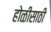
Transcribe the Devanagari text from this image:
होळीसाठी